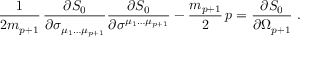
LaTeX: { \frac { 1 } { 2 m _ { p + 1 } } } \, { \frac { \partial S _ { 0 } } { \partial \sigma _ { \mu _ { 1 } \dots \mu _ { p + 1 } } } } { \frac { \partial S _ { 0 } } { \partial \sigma ^ { \mu _ { 1 } \dots \mu _ { p + 1 } } } } - \frac { m _ { p + 1 } } { 2 } \, p = { \frac { \partial S _ { 0 } } { \partial \Omega _ { p + 1 } } } \ .